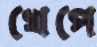
খেপে